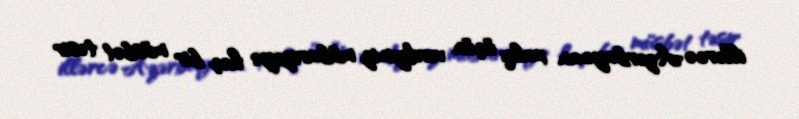
illərcə Azərbaycan xalqı üçün verdiyiniz mübarizəyə heç bir müsbət təsir